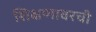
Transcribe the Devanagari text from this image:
शिक्षणावरची